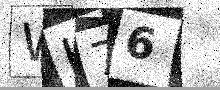
Text: WH76